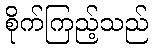
စိုက်ကြည့်သည်